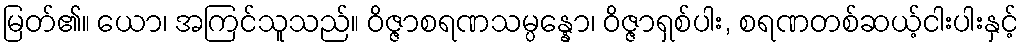
မြတ်၏။ ယော၊ အကြင်သူသည်။ ဝိဇ္ဇာစရဏသမ္ပန္နော၊ ဝိဇ္ဇာရှစ်ပါး, စရဏတစ်ဆယ့်ငါးပါးနှင့်